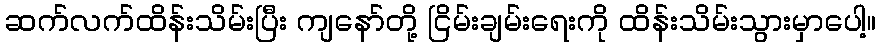
ဆက်လက်ထိန်းသိမ်းပြီး ကျနော်တို့ ငြိမ်းချမ်းရေးကို ထိန်းသိမ်းသွားမှာပေါ့။